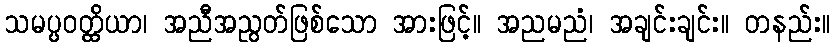
သမပ္ပဝတ္ထိယာ၊ အညီအညွတ်ဖြစ်သော အားဖြင့်။ အညမညံ၊ အချင်းချင်း။ တနည်း။